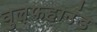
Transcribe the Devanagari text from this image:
वुल्फहाउंड